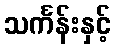
သင်္ကန်းနှင့်